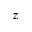
z